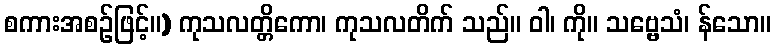
စကားအစဉ်ဖြင့်။) ကုသလတ္တိကော၊ ကုသလတိက် သည်။ ဝါ၊ ကို။ သဗ္ဗေသံ၊ န်သော။